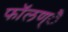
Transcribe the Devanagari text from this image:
फाॅलण्ै